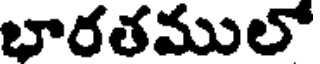
భారతములో